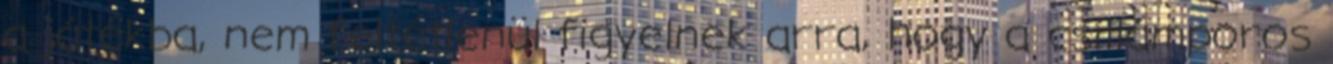
a játékba, nem feltétlenül figyelnek arra, hogy a csillámporos